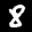
Label: 8